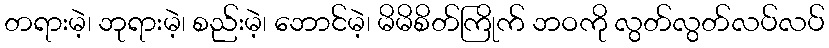
တရားမဲ့၊ ဘုရားမဲ့၊ စည်းမဲ့၊ ဘောင်မဲ့၊ မိမိစိတ်ကြိုက် ဘဝကို လွတ်လွတ်လပ်လပ်